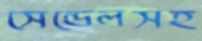
সেন্ডেলসহ